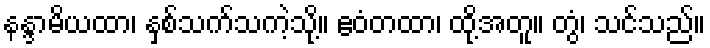
နန္ဒာမိယထာ၊ နှစ်သက်သကဲ့သို့။ ဧဝံတထာ၊ ထို့အတူ။ တွံ၊ သင်သည်။